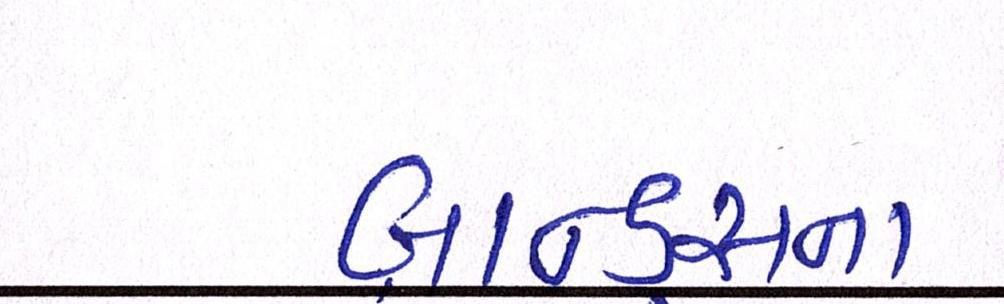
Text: બ્રાન્ડ્સના